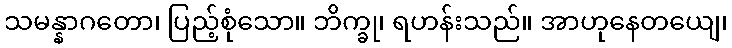
သမန္နာဂတော၊ ပြည့်စုံသော။ ဘိက္ခု၊ ရဟန်းသည်။ အာဟုနေတယျေ၊